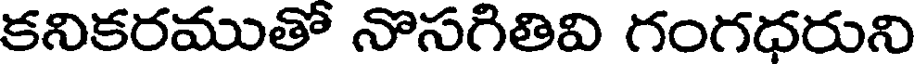
కనికరముతో నొసగితివి గంగధరుని